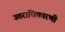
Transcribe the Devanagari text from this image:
उत्तराधिकारणी